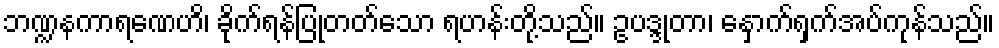
ဘဏ္ဍနကာရဏေဟိ၊ ခိုက်ရန်ပြုတတ်သော ရဟန်းတို့သည်။ ဥပဒ္ဒုတာ၊ နှောက်ရှက်အပ်ကုန်သည်။